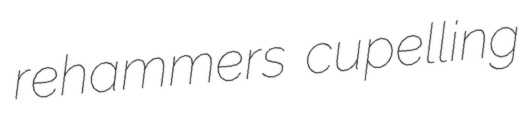
rehammers cupelling